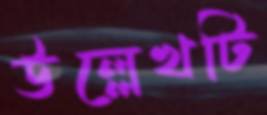
উল্লেখটি